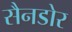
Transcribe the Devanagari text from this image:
सैनडोर